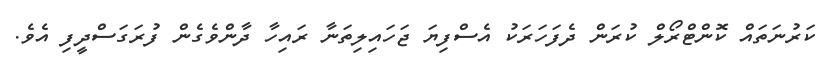
ކަރުނަތައް ކޮންޓްރޯލް ކުރަން ދެފަހަރަކު އެސްފިޔަ ޖަހައިލިތަނާ ރައިހާ ދާންވެގެން ފުރަގަސްދީފި އެވެ.